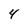
Character: 4